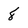
Character: 8